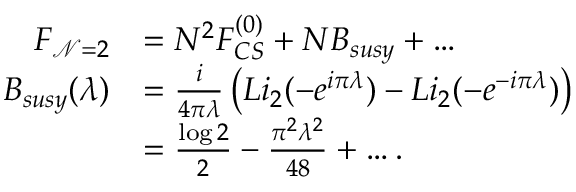
\begin{array} { r l } { F _ { \mathcal { N } = 2 } } & { = N ^ { 2 } F _ { C S } ^ { ( 0 ) } + N B _ { s u s y } + \ldots } \\ { B _ { s u s y } ( \lambda ) } & { = \frac { i } { 4 \pi \lambda } \left( L i _ { 2 } ( - e ^ { i \pi \lambda } ) - L i _ { 2 } ( - e ^ { - i \pi \lambda } ) \right) } \\ & { = \frac { \log 2 } { 2 } - \frac { \pi ^ { 2 } \lambda ^ { 2 } } { 4 8 } + \ldots . } \end{array}